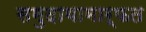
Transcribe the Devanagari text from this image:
समुदायामार्फत